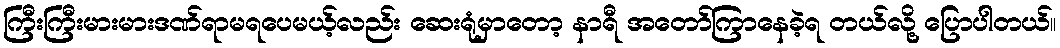
ကြီးကြီးမားမားဒဏ်ရာမရပေမယ့်လည်း ဆေးရုံမှာတော့ နာရီ အတော်ကြာနေခဲ့ရ တယ်လို့ ပြောပါတယ်။